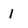
Character: 1